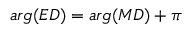
a r g ( E D ) = a r g ( M D ) + \pi